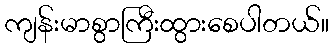
ကျန်းမာစွာကြီးထွားစေပါတယ်။